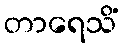
တာရေသိံ